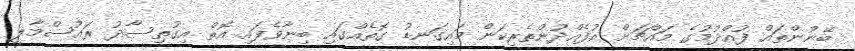
ބޭނުންތައް ފުއްދުމުގެ މައްޗަށް އުފެއްދުންތެރިކަން މައިގަނޑު ގޮތެއްގައި ބިނާވެފައި އޮތް އިގުތިސާދު ރައުސްމާލީ